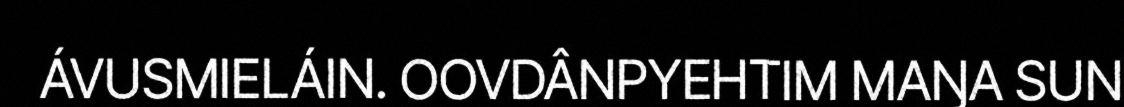
ÁVUSMIELÁIN. OOVDÂNPYEHTIM MAŊA SUN